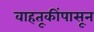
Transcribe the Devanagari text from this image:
वाहतूकींपासून